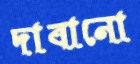
দাবানো